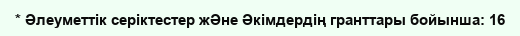
* Әлеуметтік серіктестер жӘне Әкімдердің гранттары бойынша: 16